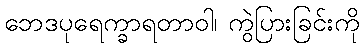
ဘေဒပုရေက္ခာရတာဝါ၊ ကွဲပြားခြင်းကို